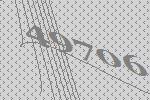
49706